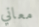
معاني